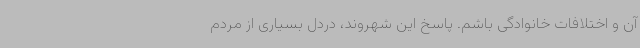
آن و اختلافات خانوادگی باشم. پاسخ این شهروند، دردل بسیاری از مردم